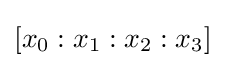
[x_{0}:x_{1}:x_{2}:x_{3}]